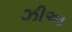
ઝીઆ